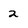
Character: 2